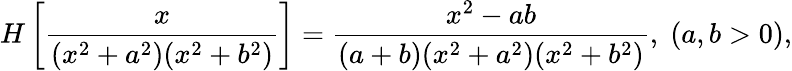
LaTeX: H\left[\frac{x}{(x^{2}+a^{2})(x^{2}+b^{2})}\right]=\frac{x^{2}-ab}{(a+b)(x^{2}+a^{2})(x^{2}+b^{2})},\; (a,b>0),